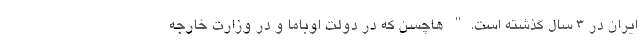
ایران در 3 سال گذشته است." هاچسن که در دولت اوباما و در وزارت خارجه